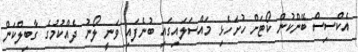
އެކްސިސް ބޭންކުން ކޯޓަށް ހުށަހެޅި މައްސަލައިގައި ބުނެފައި ވަނީ ލޯނު ދެއްކުމުގެ ގާބިލްކަން